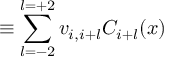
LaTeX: \equiv \sum _ { l = - 2 } ^ { l = + 2 } v _ { i , i + l } C _ { i + l } ( x )